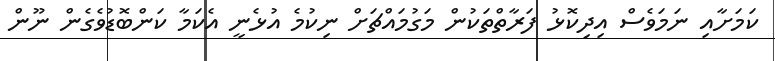
ކަމަށާއި ނަމަވެސް އިދިކޮޅު ފަރާތްތަކުން މަގުމައްޗަށް ނިކުމެ އުޅެނީ އެކަމާ ކަންބޮޑުވެެގެން ނޫން